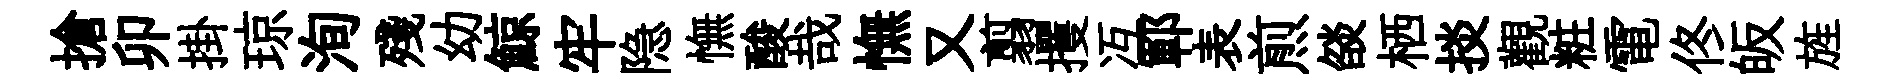
搶卯掛琼洵殘幼鯨牢隐憮酸哉憮又翦攫冱鄆表煎燄栖掞觀粧電佟皈旌